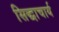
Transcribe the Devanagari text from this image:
सिद्धाचार्य